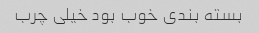
بسته بندی خوب بود خیلی چرب